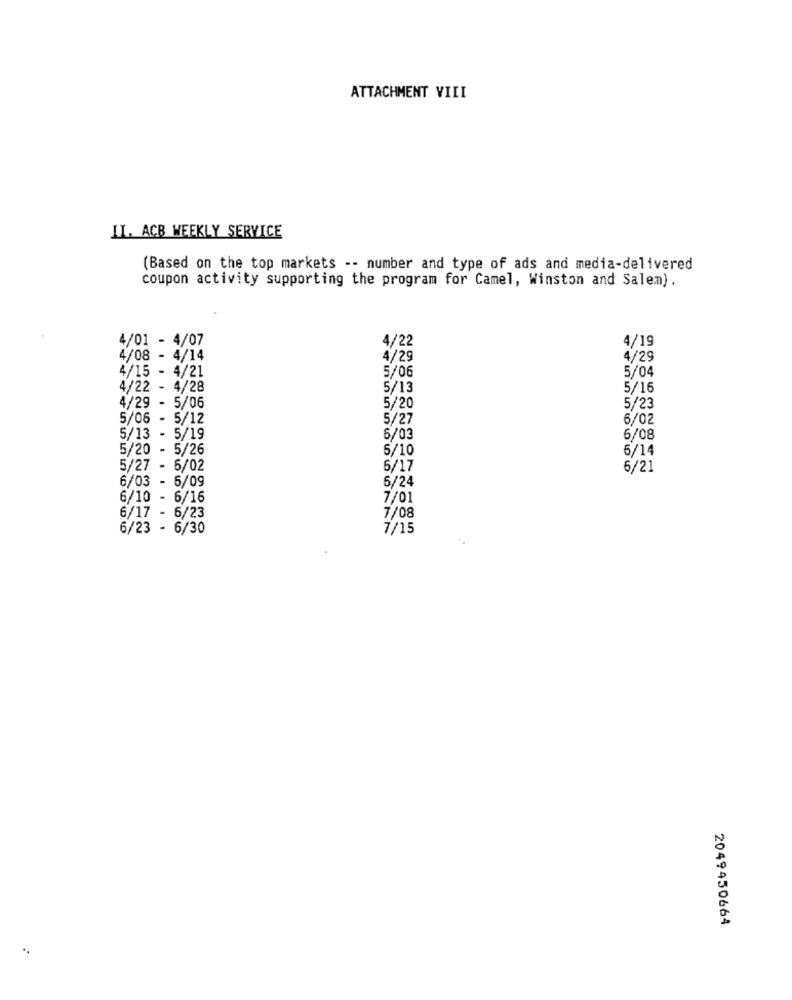
ATTACHMENT VIII
II. ACB WEEKLY SERVICE
(Based on the top markets -- number and type of ads and media-delivered
coupon activity supporting the program for Camel, Winston and Salem).
4/01 - 4/07
4/22
4/19
4/08 - 4/14
4/29
4/29
4/15 - 4/21
5/06
5/04
4/22 - 4/28
5/13
5/16
4/29 - 5/06
5/20
5/23
5/06 - 5/12
5/27
6/02
5/13 - 5/19
6/03
6/08
5/20 - 5/26
5/10
6/14
5/27 - 6/02
6/17
6/21
6/03 - 6/09
6/24
6/10 - 6/16
7/01
6/17 - 6/23
7/08
6/23 - 6/30
7/15
2049450664